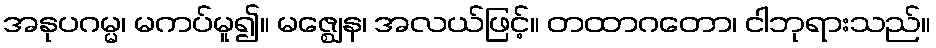
အနုပဂမ္မ၊ မကပ်မူ၍။ မဇ္ဈေန၊ အလယ်ဖြင့်။ တထာဂတော၊ ငါဘုရားသည်။